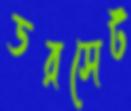
ডরসেট